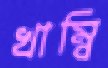
খাম্বি